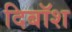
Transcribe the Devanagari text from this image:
दिबॉश